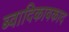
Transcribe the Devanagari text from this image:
ब्वादिकावकाद